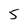
Character: 5